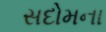
સદોમના